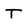
Character: T